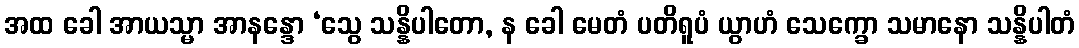
အထ ခေါ အာယသ္မာ အာနန္ဒော ‘သွေ သန္နိပါတော, န ခေါ မေတံ ပတိရူပံ ယွာဟံ သေက္ခော သမာနော သန္နိပါတံ